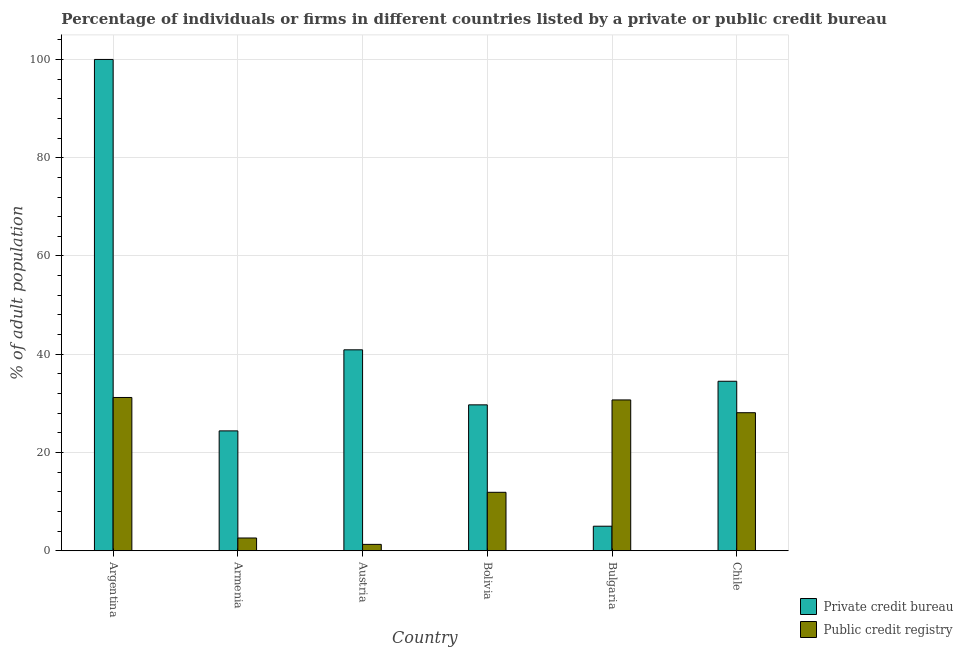
| Country | Private credit bureau | Public credit registry |
 | --- | --- | --- |
 | Argentina | 100 | 31.2 |
 | Armenia | 24.4 | 2.6 |
 | Austria | 40.9 | 1.3 |
 | Bolivia | 29.7 | 11.9 |
 | Bulgaria | 5 | 30.7 |
 | Chile | 34.5 | 28.1 |